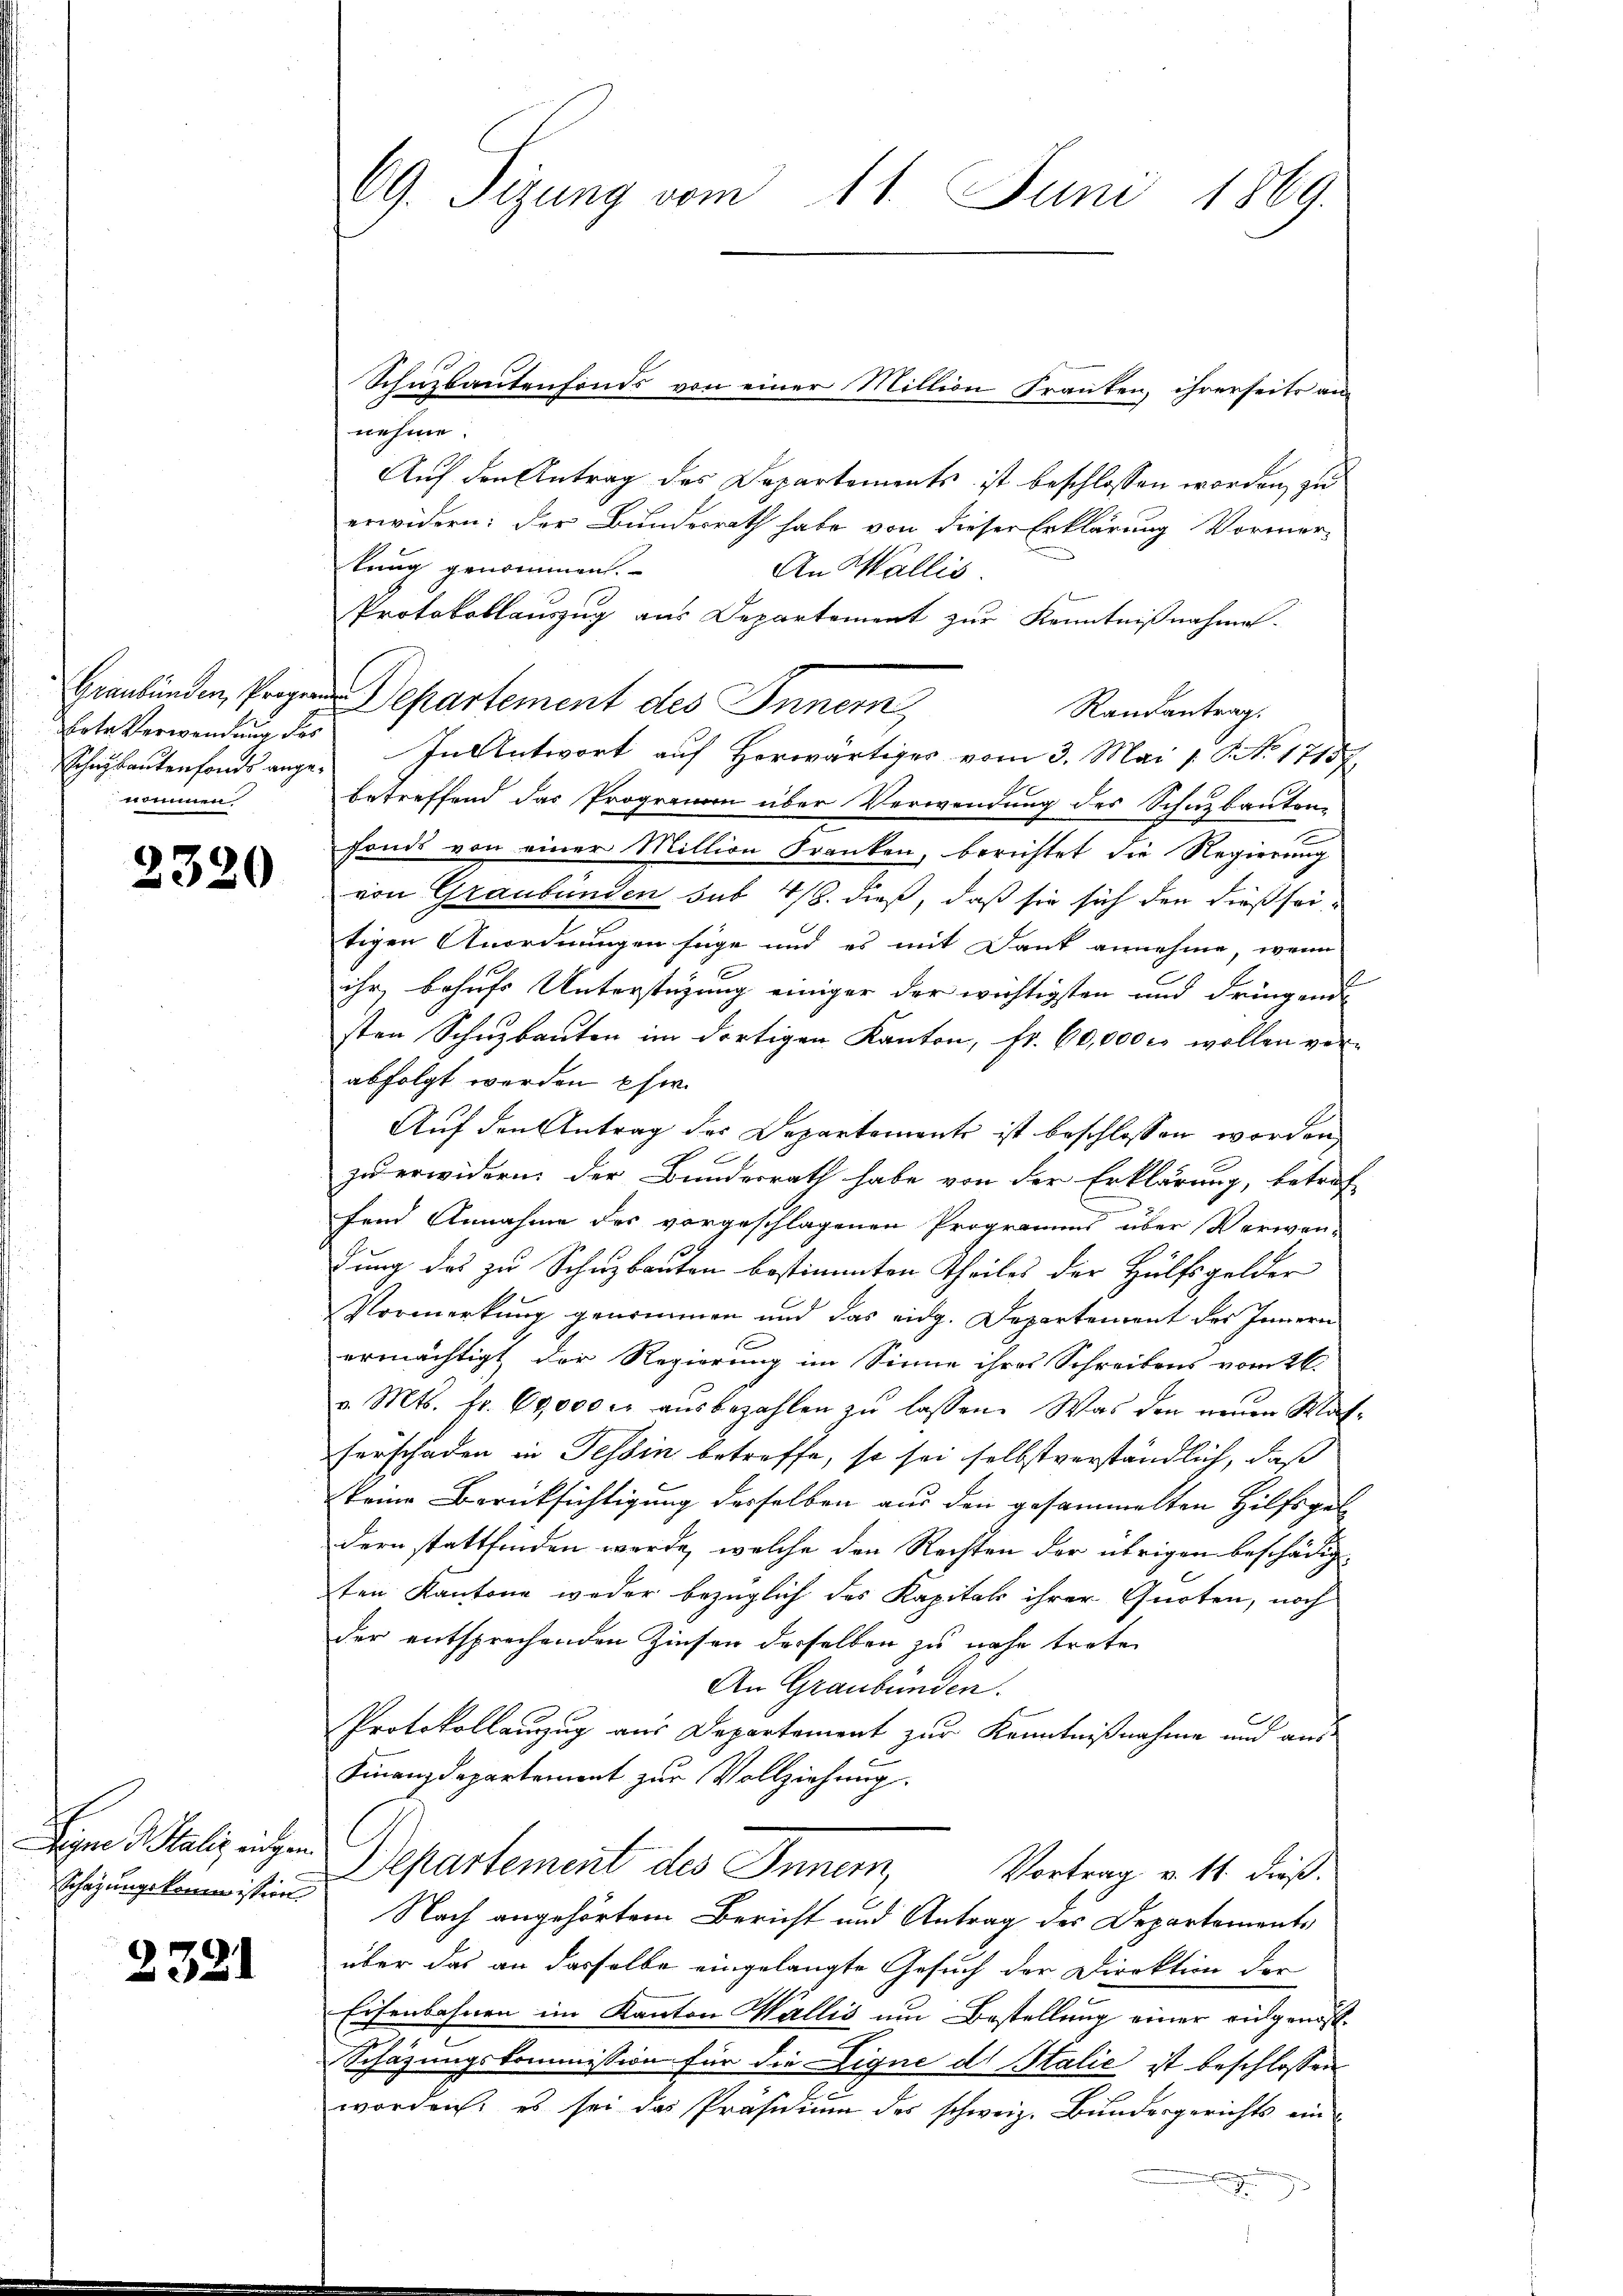
Graubünden, Progern
rte Verwendung des
Schnikantenfonds angenommen

2320

Digen d. Kalig eingen
Schazungskommission.

2321

69. Sizung vom 11. Juni 1869.

nehme.
Auf den Antrag des Departements ist beschlossen worden, zu
erwidern: der Bundesrath habe von dieser Erklärung Vormer-
lung genommen.
An Wallis.
e
Protokollauszug aus Departement zur Kenntnißnahme.
Departement des Innern,
Randantrag.
In Antwort auf Horwärtiger vom 3. Mai [ NNo. 17157.
betreffend das Programm über Verwendung des Schuzbauten
fonds von einer Million Franken, berichtet die Regierung
von Graubünden sub 4/8. dieß, daß sie sich den dießseitigen Anordnungen füge und es mit Dank annehme, wenn
ihr, behufs Unterstüzung einiger der wichtigsten und dringend
sten Schuzbauten im dortigen Kanton, fr. 60,000 c. wollen ver-
abfolgt worden pfer.
Auf den Antrag des Departemente ist beschlossen worden
zu erwidern der Bundesrath habe von der Erklärung, betref-
fend Annahme des vorgeschlagenen Programms über Verwen-
dung das zu Schuzbauten bestimmten Theiles der Hülfsgelder
Vormerkung genommen und das eidg. Departement des Innern
1
ermächtigt, der Regierung im Sinne ihres Schreibens vom 26.
v. Mts. fr. 600000 aŭsbezahlen zŭ lassen. Was den neuen Klaf-
ferschaden in Tessin betreffe, so sei selbstverständlich, daß
keine Berücksichtigung derselben aus den gesammelten Hilfsgel-
dern stattfinden werde, welche den Rechten der übrigen beschädigten Kantone weder bezüglich des Kapital ihrer Quoten, noch
der entsprechenden Zinsen derselben zu nahe treten
An Graubünden.
Protokollauzug aus Departement zur Kenntnißnahme und aus
Finanzdepartement zur Vollziehung.
Departement des Innern, Vortrag v. 11. dieß.
Nach angehörtem Bericht und Antrag des Departements
über das an dasselbe eingelangte Gesuch der Direktion der
Eisenbahnen im Kanton Wallis um Bestellung einer eingenos¬
Schäzungskommission für die Eigne dr Italić ist beschlossen

worden, es sei das Präsidium des schweiz. Bundesgerichts ein¬

Schnzbautenfonds von einer Million Franken, ihrerseits an